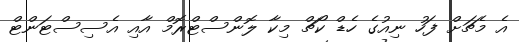
އެ މެޗަށް ފަހު ނިއުގެ ހެޑް ކޯޗް މިކާ ލޮންސްޓްރޮމް އާއި އެސިސްޓަންޓް